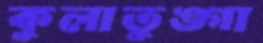
কুলাতুঙ্গা